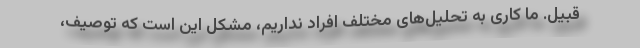
قبیل. ما کاری به تحلیل‌های مختلف افراد نداریم، مشکل این است که توصیف،